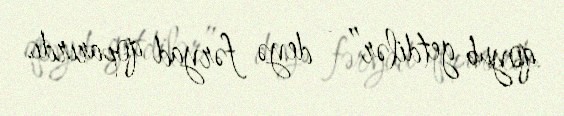
qoyub getdilər” - deyə fəryad qoparırdı.